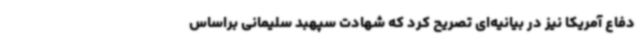
دفاع آمریکا نیز در بیانیه‌ای تصریح کرد که شهادت سپهبد سلیمانی براساس